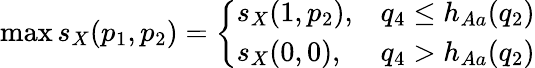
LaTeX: \operatorname*{max}s_{X}(p_{1},p_{2})=\left\{ \begin{array}{ll}{s_{X}(1,p_{2}),}&{q_{4}\leq h_{Aa}(q_{2})}\\ {s_{X}(0,0),}&{q_{4}>h_{Aa}(q_{2})}\end{array}\right.